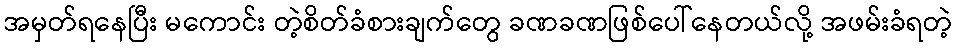
အမှတ်ရနေပြီး မကောင်း တဲ့စိတ်ခံစားချက်တွေ ခဏခဏဖြစ်ပေါ်နေတယ်လို့ အဖမ်းခံရတဲ့